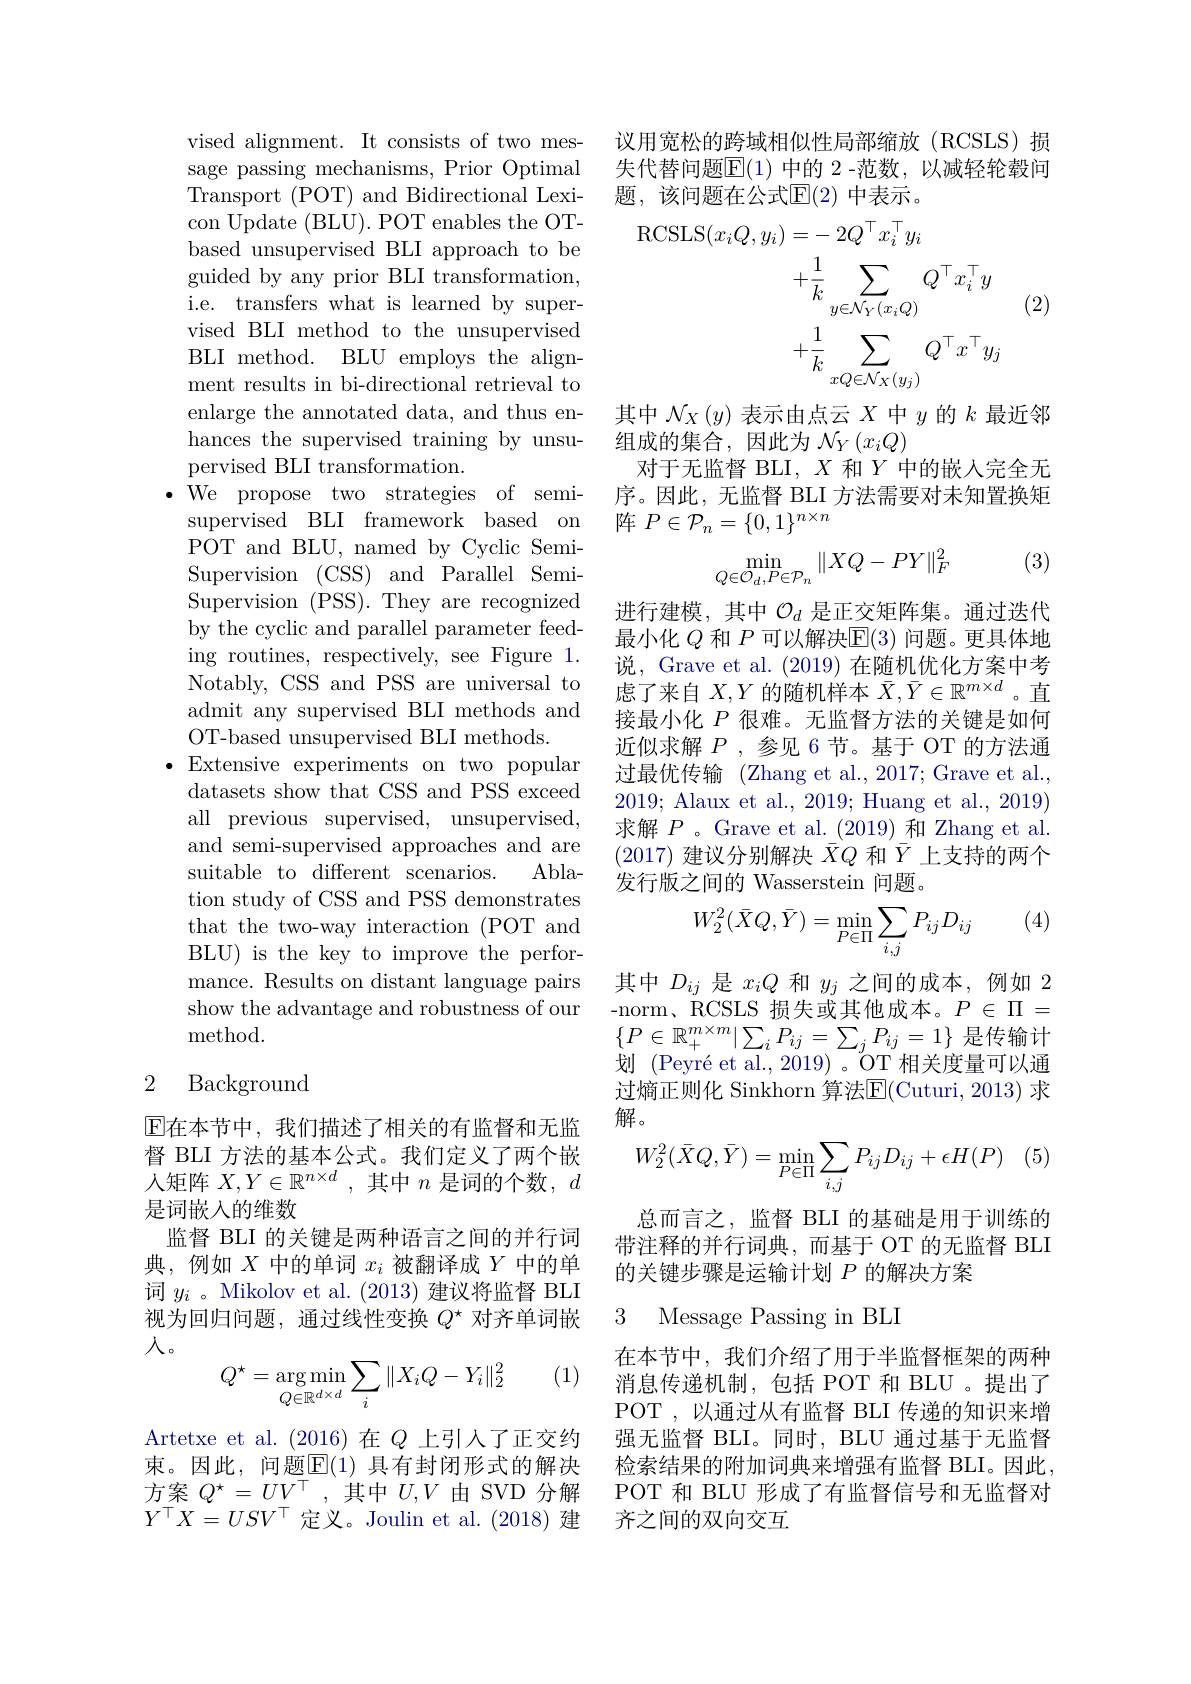
vised alignment. It consists of two message passing mechanisms, Prior Optimal Transport (POT) and Bidirectional Lexicon Update (BLU). POT enables the OTbased unsupervised BLI approach to be guided by any prior BLI transformation, i.e. transfers what is learned by supervised BLI method to the unsupervised BLI method. BLU employs the alignment results in bi-directional retrieval to enlarge the annotated data, and thus enhances the supervised training by unsupervised BLI transformation.
$\bullet$We propose two strategies of semi-
supervised BLI framework based on POT and BLU, named by Cyclic SemiSupervision (CSS) and Parallel SemiSupervision (PSS). They are recognized by the cyclic and parallel parameter feeding routines, respectively, see Figure 1. Notably, CSS and PSS are universal to admit any supervised BLI methods and OT-based unsupervised BLI methods.
$\bullet$Extensive experiments on two popular
datasets show that CSS and PSS exceed all previous supervised, unsupervised, and semi-supervised approaches and are suitable to different scenarios.
Abla-
tion study of CSS and PSS demonstrates that the two-way interaction (POT and BLU) is the key to improve the performance. Results on distant language pairs show the advantage and robustness of our method.

### 2 Background

$\operatorname{E\text{在本节中，我们描述了相关的有监督和无监}}$ 督 BLI 方法的基本公式。我们定义了两个嵌人矩阵$X,Y\in\mathbb{R}^{n\times d}$ ,其中$n$是词的个数，$d$ 是词嵌入的维数
监督 BLI 的关键是两种语言之间的并行词典，例如$X$中的单词$x_i$被翻译成$Y$中的单词$y_i$ 。Mikolov et al. (2013) 建议将监督 BLI 视为回归问题，通过线性变换$Q^\star$对齐单词嵌入。
$$Q^\star=\underset{Q\in\mathbb R^{d\times d}}{\arg\min}\sum_i\|X_iQ-Y_i\|_2^2$$
(1)

Artetxe et al.(2016)在$Q$ 上引入了正交约束。因此，问题$\overline{\mathbb{E}}(1)$ 具有封闭形式的解决方案$Q^{\star}=UV^{\top}$,其中$U,V$由SVD分解$Y^{\top}X=USV^{\top}$定义。Joulin et al.(2018)建

议用宽松的跨域相似性局部缩放(RCSLS)损失代替问题$\overline{\mathbb{E}}(1)$ 中的 2 -范数，以减轻轮毂问题，该问题在公式$\mathbb{E}(2)$ 中表示。

(2)
$$\begin{aligned}\mathrm{RCSLS}(x_{i}Q,y_{i})&=-2Q^{\top}x_{i}^{\top}y_{i}\\&+\frac{1}{k}\sum_{y\in\mathcal{N}_{Y}(x_{i}Q)}Q^{\top}x_{i}^{\top}y\\&+\frac{1}{k}\sum_{xQ\in\mathcal{N}_{X}(y_{j})}Q^{\top}x^{\top}y_{j}\end{aligned}$$
其中$\mathcal{N}_X\left(y\right)$表示由点云$X$中$y$的$k$最近邻
组成的集合，因此为$\mathcal{N}_Y\left(x_iQ\right)$
对于无监督 BLI, $X$和$Y$中的嵌入完全无序。因此，无监督 BLI 方法需要对未知置换矩阵$P\in\mathcal{P}_n=\{0,1\}^{n\times n}$

(3)
$$\min\limits_{Q\in\mathcal{O}_d,P\in\mathcal{P}_n}\|XQ-PY\|_F^2$$
进行建模，其中$\mathcal{O}_d$是正交矩阵集。通过迭代最小化$Q$和$P$可以解决E(3)问题。更具体地说，Grave et al. (2019)在随机优化方案中考虑了来自$X,Y$的随机样本$\bar{X},\bar{Y}\in\mathbb{R}^m\times d$ 。直接最小化$P$很难。无监督方法的关键是如何近似求解$P$ ,参见 6节。基于 OT 的方法通过最优传输 (Zhang et al., 2017; Grave et al., 2019; Alaux et al., 2019; Huang et al., 2019) 求解$P$ 。Grave et al.\_(2019)和Zhang et al. (2017)建议分别解决$\bar{X}Q$和$\bar{Y}$上支持的两个发行版之间的 Wasserstein 问题。

(4)
$$W_2^2(\bar{X}Q,\bar{Y})=\min_{P\in\Pi}\sum_{i,j}P_{ij}D_{ij}$$
其中$D_{ij}$是$x_iQ$和$y_j$之间的成本，例如 2 -norm、RCSLS 损失或其他成本。$P\in\Pi=$ $\{P\in\mathbb{R}_{+}^{m\times m}|\sum_{i}P_{ij}=\sum_{j}P_{ij}=1\}$是传输计划 (Peyré et al., 2019) 。OT 相关度量可以通过熵正则化 Sinkhorn 算法$\overline{\mathrm{E}}($Cuturi, 2013) 求解。
$$W_2^2(\bar{X}Q,\bar{Y})=\min_{P\in\Pi}\sum_{i,j}P_{ij}D_{ij}+\epsilon H(P)$$
总而言之，监督 BLI 的基础是用于训练的带注释的并行词典，而基于 OT 的无监督 BLI 的关键步骤是运输计划$P$的解决方案

3

在本节中，我们介绍了用于半监督框架的两种消息传递机制，包括 POT 和 BLU 。提出了POT,以通过从有监督 BLI 传递的知识来增强无监督 BLI。同时，BLU 通过基于无监督检索结果的附加词典来增强有监督 BLI。因此， POT 和 BLU 形成了有监督信号和无监督对齐之间的双向交互